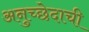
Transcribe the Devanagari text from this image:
अनुच्छेदाची